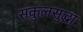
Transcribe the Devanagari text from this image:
संकुलसुद्धा